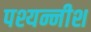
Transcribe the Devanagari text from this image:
पश्यन्नीश